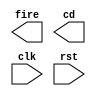
module mid2(fire, cd, clk, rst);
output fire;
output [3:0]cd;
input clk, rst;

wire [3:0]q, qc;
flipflop ff0(q[0], qc[0], clk, qc[0], rst);
flipflop ff1(q[1], qc[1], cd[0], qc[1], rst);
flipflop ff2(q[2], qc[2], cd[1], qc[2], rst);
flipflop ff3(q[3], qc[3], cd[2], qc[3], rst);


endmodule

module flipflop(Q, Qc, CLK, D, RST);
input CLK, D, RST;
output Q;
output Qc;

wire S, R;
wire Sc, Rc;

nand g1(Sc, Rc, S);
nand g2(S, Sc, CLK, RST);
nand g3(R, Rc, CLK);
nand g4(Rc, R, D, RST);

nand g5(Q, Qc, S);
nand g6(Qc, Q, R, RST);

endmodule